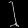
Digit: ၂